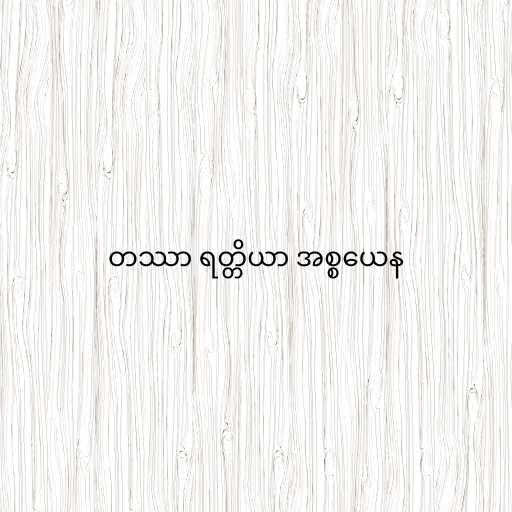
တဿာ ရတ္တိယာ အစ္စယေန